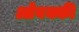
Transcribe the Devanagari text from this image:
ओबक्की